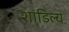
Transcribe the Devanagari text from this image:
शांडिल्‍य